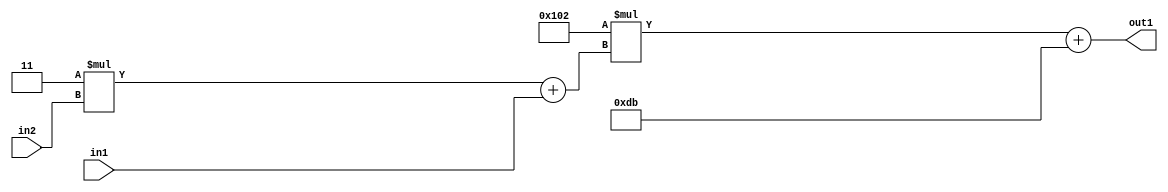
`timescale 1ps / 1ps
/*****************************************************************************
    Verilog RTL Description
    
    
    Created by: Stratus DpOpt 2019.1.01 
*******************************************************************************/

module DC_Filter_Add2i219Mul2i258Add2u1Mul2i3u2_1 (
	in2,
	in1,
	out1
	); /* architecture "behavioural" */ 
input [1:0] in2;
input  in1;
output [11:0] out1;
wire [11:0] asc001;
wire [3:0] asc002;

wire [3:0] asc002_tmp_0;
assign asc002_tmp_0 = 
	+(4'B0011 * in2);
assign asc002 = asc002_tmp_0
	+(in1);

wire [11:0] asc001_tmp_1;
assign asc001_tmp_1 = 
	+(12'B000100000010 * asc002);
assign asc001 = asc001_tmp_1
	+(12'B000011011011);

assign out1 = asc001;
endmodule

/* CADENCE  v7XyQg4= : u9/ySgnWtBlWxVPRXgAZ4Og= ** DO NOT EDIT THIS LINE ******/